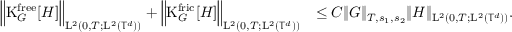
\begin{array} { r l } { \Big \Vert \mathrm { K } _ { G } ^ { \mathrm { f r e e } } [ H ] \Big \Vert _ { \mathrm { L } ^ { 2 } ( 0 , T ; \mathrm { L } ^ { 2 } ( \mathbb T ^ { d } ) ) } + \Big \Vert \mathrm { K } _ { G } ^ { \mathrm { f r i c } } [ H ] \Big \Vert _ { \mathrm { L } ^ { 2 } ( 0 , T ; \mathrm { L } ^ { 2 } ( \mathbb T ^ { d } ) ) } } & { \leq C \Vert G \Vert _ { T , s _ { 1 } , s _ { 2 } } \Vert H \Vert _ { \mathrm { L } ^ { 2 } ( 0 , T ; \mathrm { L } ^ { 2 } ( \mathbb T ^ { d } ) ) } . } \end{array}